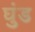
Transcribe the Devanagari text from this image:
घुंड